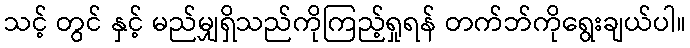
သင့် တွင် နှင့် မည်မျှရှိသည်ကိုကြည့်ရှုရန် တက်ဘ်ကိုရွေးချယ်ပါ။